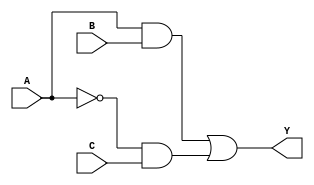
module multi_level_logic (
    input wire A,    // Input variable A
    input wire B,    // Input variable B
    input wire C,    // Input variable C
    output wire Y    // Output variable Y
);

// Intermediate nodes
wire not_A;        // Intermediate node for NOT A
wire and1;        // Intermediate node for AND operation
wire and2;        // Intermediate node for another AND operation
wire or1;         // Intermediate node for OR operation

// Logic Functions
// Step 1: NOT operation
assign not_A = ~A;          // NOT A

// Step 2: AND operations
assign and1 = A & B;        // AND operation for A and B
assign and2 = not_A & C;    // AND operation for NOT A and C

// Step 3: OR operation
assign Y = and1 | and2;     // Final output Y is the OR of the two AND outputs

endmodule